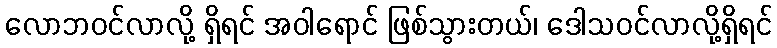
လောဘဝင်လာလို့ ရှိရင် အဝါရောင် ဖြစ်သွားတယ်၊ ဒေါသဝင်လာလို့ရှိရင်